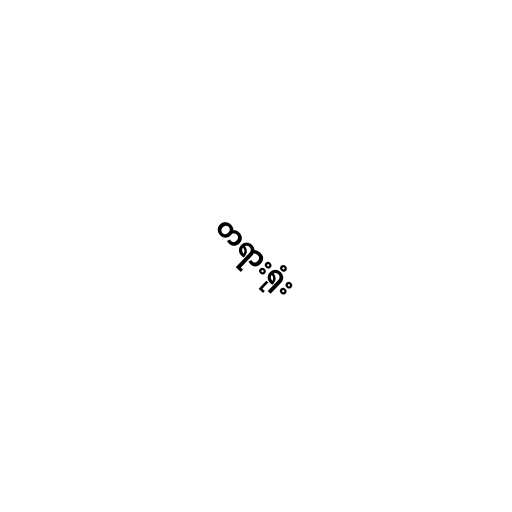
တရားရုံး